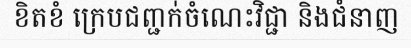
ខិតខំ ក្រេបជញ្ជក់ចំណេះវិជ្ជា និងជំនាញ